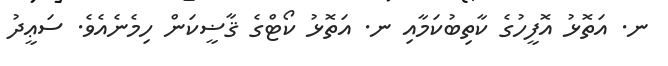
ނ. އަތޮޅު އޮފީހުގެ ކާތިބުކަމާއި ނ. އަތޮޅު ކޯޓްގެ ޤާޟީކަން ހިމެނެއެވެ. ސަޢީދު